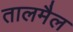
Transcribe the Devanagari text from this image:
तालमैल